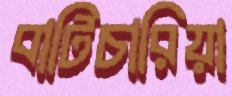
বাটিচারিয়া